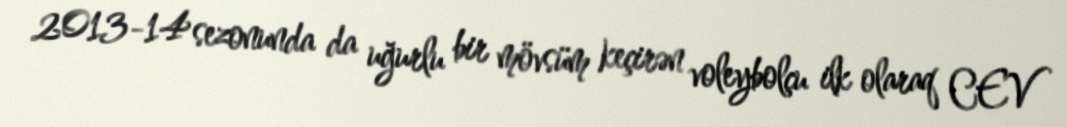
2013-14 sezonunda da uğurlu bir mövsüm keçirən voleybolçu ilk olaraq CEV